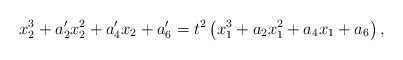
\begin{align*} x_2^3+a'_2x_2^2+a'_4x_2+a'_6 = t^2 \left(x_1^3+a_2x_1^2+a_4x_1+a_6 \right),\end{align*}